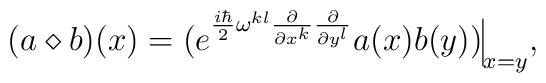
(a\diamond b)(x) = ( e^{\frac{i\hbar}{2} \omega^{kl}\frac{\partial}{\partial x^k} \frac{\partial}{\partial y^l}}a(x) b(y) ) \rule[-2mm]{0.1mm}{6mm}_{x=y},